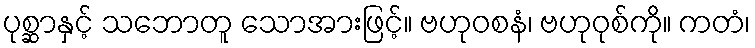
ပုစ္ဆာနှင့် သဘောတူ သောအားဖြင့်။ ဗဟုဝစနံ၊ ဗဟုဝုစ်ကို။ ကတံ၊